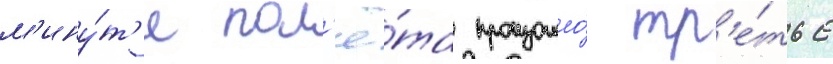
м'ину́т'е пол'ё́та произошло́ тр'е́тье